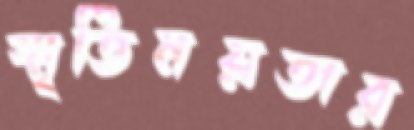
স্মৃতিময়তার